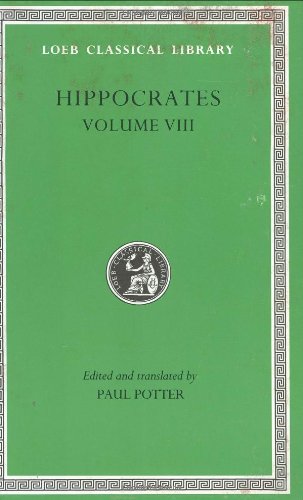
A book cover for Hippocrates: Volume VIII, Places in Man. Glands. Fleshes. Prorrhetic 1-2. Physician. Use of Liquids. Ulcers. Haemorrhoids and Fistulas (Loeb Classical Library No. 482); Hippocrates; Health, Fitness & Dieting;